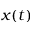
x ( t )